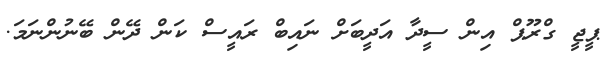
ޕީޖީ ގްރޫޕް އިން ސީދާ އަދީބަށް ނައިބް ރައީސް ކަން ދޭން ބޭނުންނަމަ.